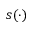
s ( \cdot )